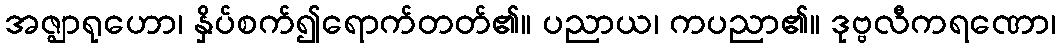
အဇ္ဈာရုဟော၊ နှိပ်စက်၍ရောက်တတ်၏။ ပညာယ၊ ကပညာ၏။ ဒုဗ္ဗလီကရဏော၊